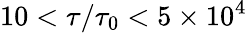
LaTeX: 10<\tau/\tau_{0}<5\times 10^{4}